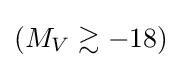
(M_{V}\gtrsim -18)